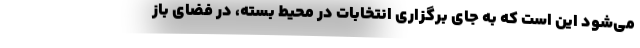
می‌شود این است که به جای برگزاری انتخابات در محیط بسته، در فضای باز